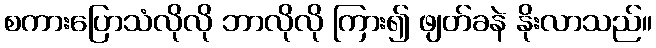
စကားပြောသံလိုလို ဘာလိုလို ကြား၍ ဖျတ်ခနဲ နိုးလာသည်။